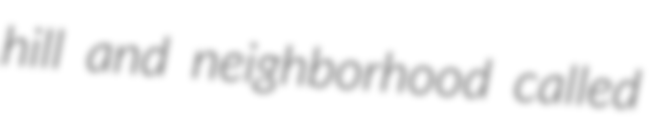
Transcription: hill and neighborhood called